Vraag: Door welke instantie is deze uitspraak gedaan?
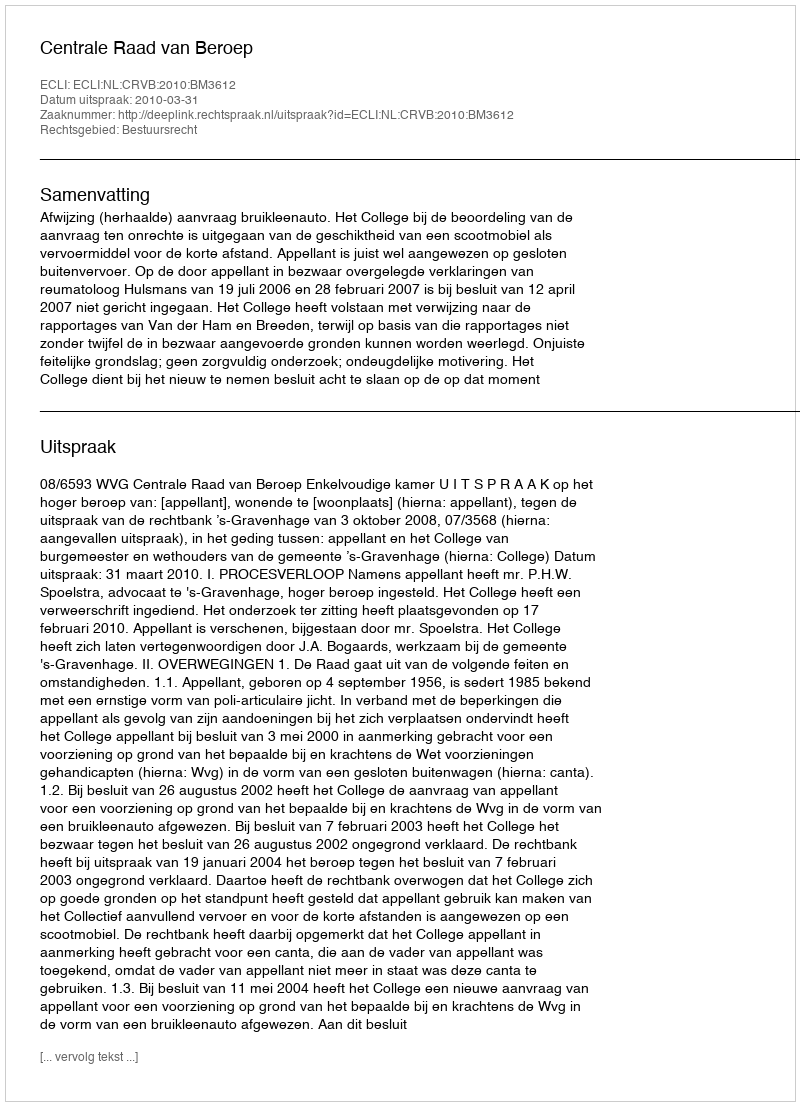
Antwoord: Centrale Raad van Beroep